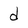
Character: d